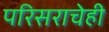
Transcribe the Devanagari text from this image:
परिसराचेही